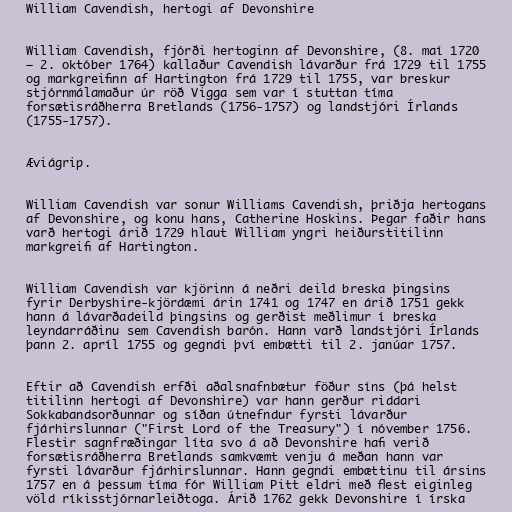
William Cavendish, hertogi af Devonshire

William Cavendish, fjórði hertoginn af Devonshire, (8. maí 1720
– 2. október 1764) kallaður Cavendish lávarður frá 1729 til 1755
og markgreifinn af Hartington frá 1729 til 1755, var breskur
stjórnmálamaður úr röð Vigga sem var í stuttan tíma
forsætisráðherra Bretlands (1756-1757) og landstjóri Írlands
(1755-1757).

Æviágrip.

William Cavendish var sonur Williams Cavendish, þriðja hertogans
af Devonshire, og konu hans, Catherine Hoskins. Þegar faðir hans
varð hertogi árið 1729 hlaut William yngri heiðurstitilinn
markgreifi af Hartington.

William Cavendish var kjörinn á neðri deild breska þingsins
fyrir Derbyshire-kjördæmi árin 1741 og 1747 en árið 1751 gekk
hann á lávarðadeild þingsins og gerðist meðlimur í breska
leyndarráðinu sem Cavendish barón. Hann varð landstjóri Írlands
þann 2. apríl 1755 og gegndi því embætti til 2. janúar 1757.

Eftir að Cavendish erfði aðalsnafnbætur föður síns (þá helst
titilinn hertogi af Devonshire) var hann gerður riddari
Sokkabandsorðunnar og síðan útnefndur fyrsti lávarður
fjárhirslunnar ("First Lord of the Treasury") í nóvember 1756.
Flestir sagnfræðingar líta svo á að Devonshire hafi verið
forsætisráðherra Bretlands samkvæmt venju á meðan hann var
fyrsti lávarður fjárhirslunnar. Hann gegndi embættinu til ársins
1757 en á þessum tíma fór William Pitt eldri með flest eiginleg
völd ríkisstjórnarleiðtoga. Árið 1762 gekk Devonshire í írska